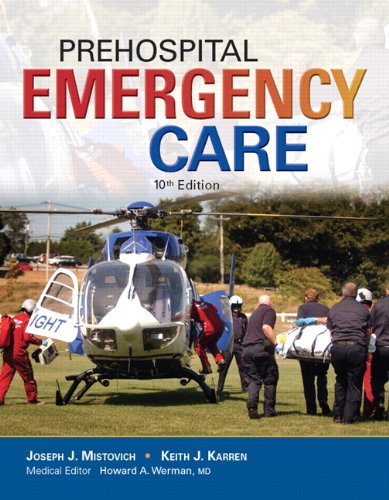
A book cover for Prehospital Emergency Care (10th Edition); Joseph J. Mistovich; Medical Books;